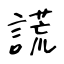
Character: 謊